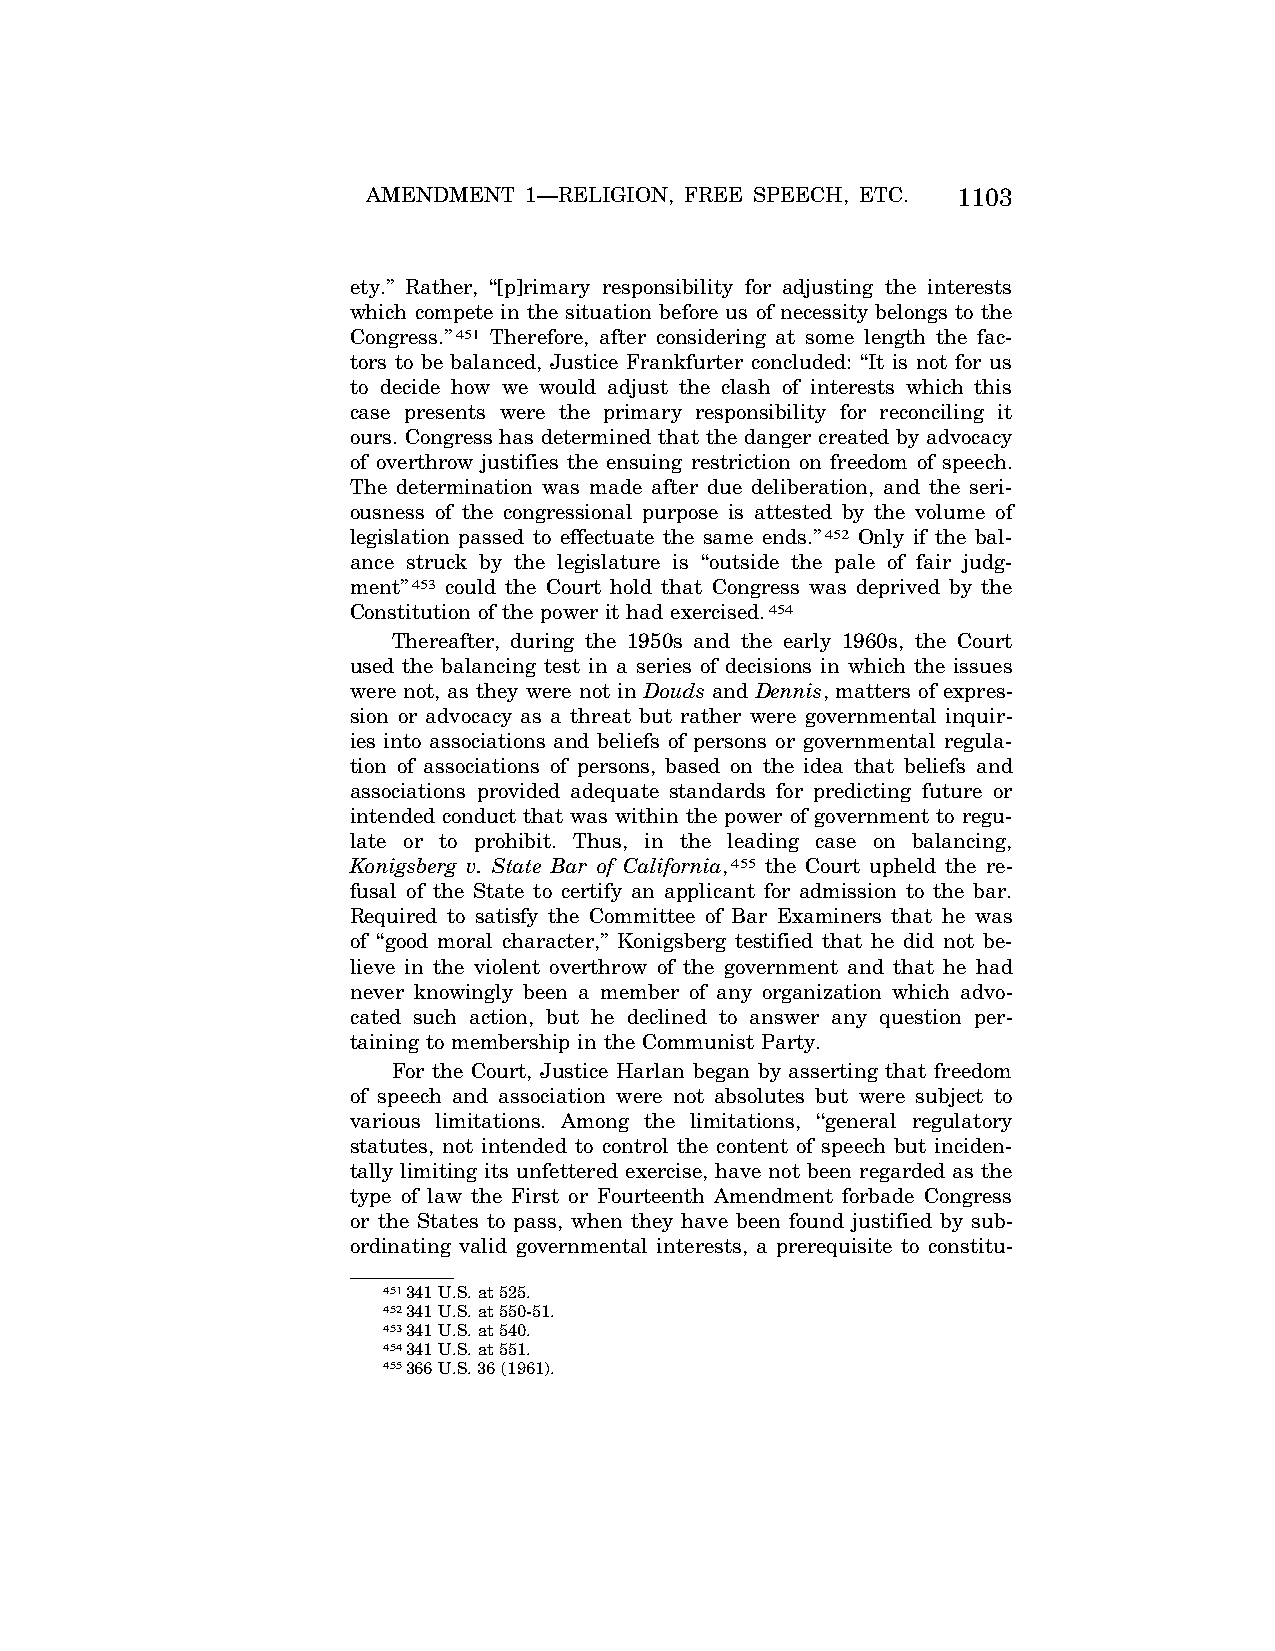
AMENDMENT  1—RELIGION, FREE SPEECH, ETC. 1103
 ety.’’ Rather, ‘‘[p]rimary responsibility for adjusting the interests
 which compete in the situation before us of necessity belongs to the
 Congress.’’451 Therefore, after considering at some length the fac-
 tors to be balanced, Justice Frankfurter concluded: ‘‘It is not for us
 to decide how we would adjust the clash of interests which this
 case presents were the primary responsibility for reconciling it
 ours. Congress has determined that the danger created by advocacy
 of overthrow justifies the ensuing restriction on freedom of speech.
 The determination was made after due deliberation, and the seri-
 ousness of the congressional purpose is attested by the volume of
 legislation passed to effectuate the same ends.’’452 Only if the bal-
 ance struck by the legislature is ‘‘outside the pale of fair judg-
 ment’’453 could the Court hold that Congress was deprived by the
 Constitution of the power it had exercised.454
 Thereafter, during the 1950s and the early 1960s, the Court
 used the balancing test in a series of decisions in which the issues
 were not, as they were not in Douds and Dennis, matters of expres-
 sion or advocacy as a threat but rather were governmental inquir-
 ies into associations and beliefs of persons or governmental regula-
 tion of associations of persons, based on the idea that beliefs and
 associations provided adequate standards for predicting future or
 intended conduct that was within the power of government to regu-
 late or to prohibit. Thus, in the leading case on balancing,
 Konigsberg v. State Bar of California,455 the Court upheld the re-
 fusal of the State to certify an applicant for admission to the bar.
 Required to satisfy the Committee of Bar Examiners that he was
 of ‘‘good moral character,’’ Konigsberg testified that he did not be-
 lieve in the violent overthrow of the government and that he had
 never knowingly been a member of any organization which advo-
 cated such action, but he declined to answer any question per-
 taining to membership in the Communist Party.
 For the Court, Justice Harlan began by asserting that freedom
 of speech and association were not absolutes but were subject to
 various limitations. Among the limitations, ‘‘general regulatory
 statutes, not intended to control the content of speech but inciden-
 tally limiting its unfettered exercise, have not been regarded as the
 type of law the First or Fourteenth Amendment forbade Congress
 or the States to pass, when they have been found justified by sub-
 ordinating valid governmental interests, a prerequisite to constitu-
 451341 U.S. at 525.
 452341 U.S. at 550-51.
 453341 U.S. at 540.
 454341 U.S. at 551.
 455366 U.S. 36 (1961).
 VerDate Apr<15>2004 08:57 Jun 25, 2004 Jkt 077500 PO 00000 Frm 00091 Fmt 8222 Sfmt 8222 C:\CONAN\CON024.SGM PRFM99 PsN: CON024